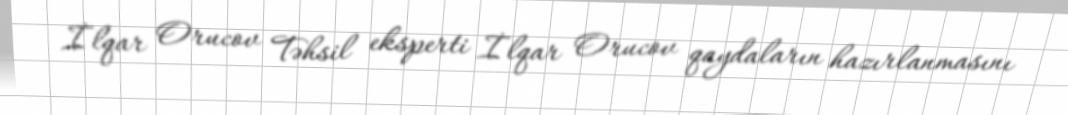
İlqar Orucov Təhsil eksperti İlqar Orucov qaydaların hazırlanmasını